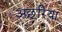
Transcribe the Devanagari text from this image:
अछरिया